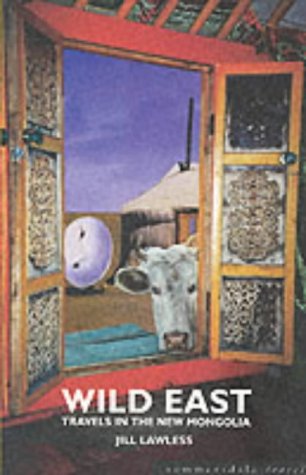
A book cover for Wild East: Travels in the New Mongolia (Summersdale travel); Jill Lawless; Travel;